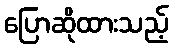
ပြောဆိုထားသည့်